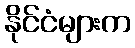
နိုင်ငံများက